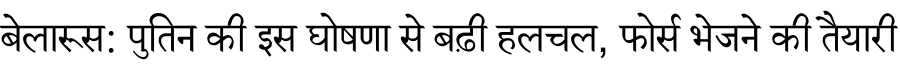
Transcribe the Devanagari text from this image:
बेलारूस: पुतिन की इस घोषणा से बढ़ी हलचल, फोर्स भेजने की तैयारी